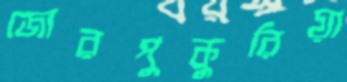
জোরপুকুরিয়া